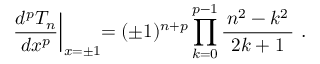
\left. { \frac { d ^ { p } T _ { n } } { d x ^ { p } } } \right| _ { x = \pm 1 } \! \! = ( \pm 1 ) ^ { n + p } \prod _ { k = 0 } ^ { p - 1 } { \frac { \, n ^ { 2 } - k ^ { 2 } \, } { 2 k + 1 } } ~ .